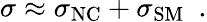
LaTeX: \sigma\approx\sigma_{\mathrm{NC}}+\sigma_{\mathrm{SM}}\, \, \, .